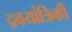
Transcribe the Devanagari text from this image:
द्रवयांत्रिकी